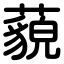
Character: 藐